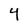
Character: 4